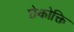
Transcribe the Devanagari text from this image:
छेकोक्ति